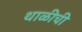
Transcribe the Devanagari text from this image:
थाळीची